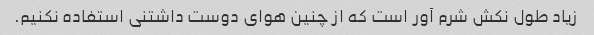
زیاد طول نکش شرم آور است که از چنین هوای دوست داشتنی استفاده نکنیم.